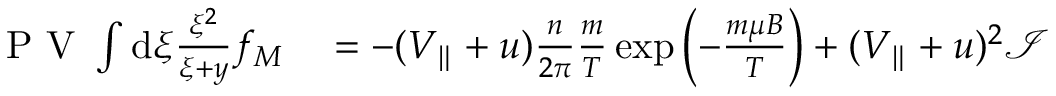
\begin{array} { r l } { \mathrm { ~ P ~ V ~ } \int \mathrm { d } \xi \frac { \xi ^ { 2 } } { \xi + y } f _ { M } } & { { } = - ( V _ { \parallel } + u ) \frac { n } { 2 \pi } \frac { m } { T } \exp \left( - \frac { m \mu B } { T } \right) + ( V _ { \parallel } + u ) ^ { 2 } \mathcal { I } } \end{array}